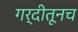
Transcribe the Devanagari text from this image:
गर्दीतूनच